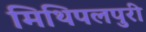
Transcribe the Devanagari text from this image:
मिथिपलपुरी